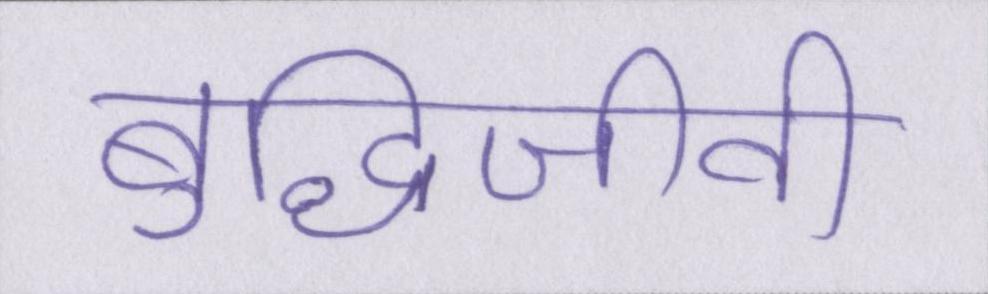
बुद्धिजीवी